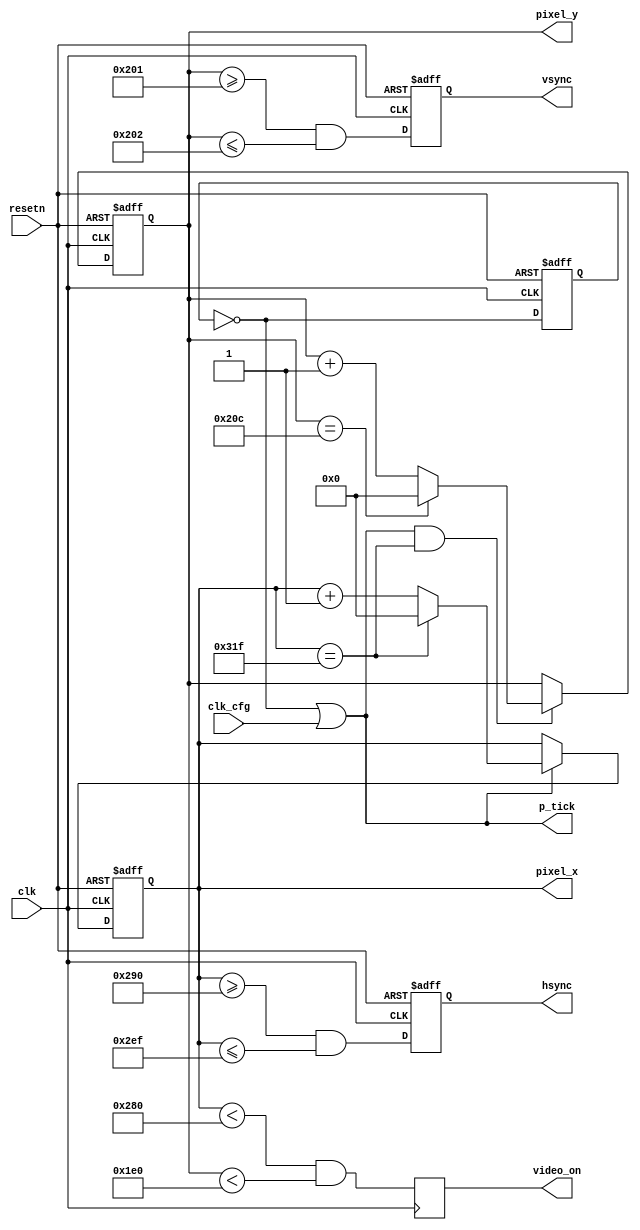
//-----------------------------------------------------------------------------
// The confidential and proprietary information contained in this file may
// only be used by a person authorised under and to the extent permitted
// by a subsisting licensing agreement from ARM Limited or its affiliates.
//
//        (C) COPYRIGHT 2013, 2015 ARM Limited or its affiliates.
//            ALL RIGHTS RESERVED
//
// This entire notice must be reproduced on all copies of this file
// and copies of this file may only be made by a person if such person is
// permitted to do so under the terms of a subsisting license agreement
// from ARM Limited or its affiliates.
//
// -----------------------------------------------------------------------------
//
//      SVN Information
//
//      Checked In          : $Date:  $
//
//      Revision            : $Revision:  $
//
//      Release Information : CM3DesignStart-r0p0-01rel0
//
//-----------------------------------------------------------------------------
//-----------------------------------------------------------------------------
// Abstract : VGA sync signal generator
//-----------------------------------------------------------------------------

module vga_sync(
  input  wire       clk,
  input  wire       resetn,
  input  wire       clk_cfg,  // 0 : clk=50MHz, 1 : clk=25MHz
  output wire       hsync,
  output wire       vsync,
  output wire       video_on,
  output wire       p_tick,   // pixel clock
  output wire [9:0] pixel_x,
  output wire [9:0] pixel_y
);


  localparam HD = 10'h280; //640;  //horizontal display
  localparam HF = 8'h30;   //h. front border
  localparam HB = 8'h10;   //h. back border
  localparam HR = 8'h60;   //h. retrace

  localparam VD = 10'h1E0;  //vertical display
  localparam VF = 4'hA;   //v. front border
  localparam VB = 8'h21;   //v. back border
  localparam VR = 4'h2;    //v. retrace



  reg       reg_px_div;
  wire      nxt_px_div;

  reg [9:0] h_count;
  reg [9:0] h_count_next;

  reg [9:0] v_count;
  reg [9:0] v_count_next;

  reg       hsync_reg;
  wire      hsync_next;

  reg       vsync_reg;
  wire      vsync_next;

  reg       video_on_reg;


  // Divide by 2 Counter to generate 25MHz clk
  always @(posedge clk or negedge resetn)
  begin
    if(!resetn)
      reg_px_div <= 1'b0;
    else
      reg_px_div <= nxt_px_div;
  end

  assign nxt_px_div = ~reg_px_div;
  assign p_tick     = nxt_px_div | clk_cfg;

  // Horizontal Pixel Counter
  always @(posedge clk or negedge resetn)
  begin
    if(!resetn)
      h_count <= 10'b0;
    else
      h_count <= h_count_next;
  end

  always @*
  begin
    if(p_tick)
      if(h_count == (HD+HF+HB+HR-1'b1))
        h_count_next = 10'b0;
      else
        h_count_next = h_count + 10'd1;
    else
      h_count_next = h_count;
  end

  assign pixel_x = h_count;

  // Vertical Pixel Counter
  always @(posedge clk or negedge resetn)
  begin
    if(!resetn)
      v_count <= 10'b0;
    else
      v_count <= v_count_next;
  end

  always @*
  begin
    if(p_tick & (h_count == (HD+HF+HB+HR-1'b1)))
      if(v_count == (VD+VF+VB+VR-1'b1))
        v_count_next = 10'b0;
      else
        v_count_next = v_count + 10'd1;
    else
      v_count_next = v_count;
  end

  assign pixel_y = v_count;

  //Horizontal and Vertical Sync
  always @(posedge clk, negedge resetn)
  begin
    if(!resetn)
      begin
        hsync_reg <= 1'b0;
        vsync_reg <= 1'b0;
      end
    else
      begin
        hsync_reg <= hsync_next;
        vsync_reg <= vsync_next;
      end
  end

  //If h_count and v_count are in the hsync range assert the signal
  assign hsync_next = ((h_count >= HD+HB) && (h_count <=HD+HB+HR-1'b1));
  assign vsync_next = ((v_count >= VD+VB) && (v_count <=VD+VB+VR-1'b1));

  assign hsync = hsync_reg;
  assign vsync = vsync_reg;

  //video_on signal
  always @(posedge clk)
  begin
  video_on_reg <= ((h_count < HD) && (v_count < VD));
  end

  assign video_on = video_on_reg;

endmodule